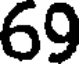
69